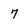
Character: 7